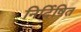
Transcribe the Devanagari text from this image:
निर्दिषित